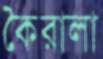
কৈরালা